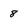
Character: 8